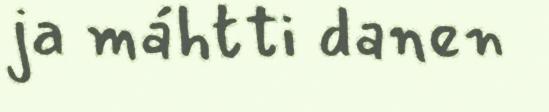
ja máhtti danen